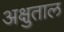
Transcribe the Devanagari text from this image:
अक्षुताल